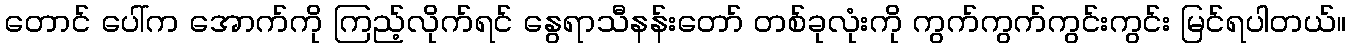
တောင် ပေါ်က အောက်ကို ကြည့်လိုက်ရင် နွေရာသီနန်းတော် တစ်ခုလုံးကို ကွက်ကွက်ကွင်းကွင်း မြင်ရပါတယ်။